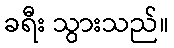
ခရီး သွားသည်။